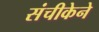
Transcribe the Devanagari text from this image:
संचीकेने